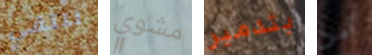
نلتقي مشوي بتدمير أمر